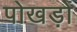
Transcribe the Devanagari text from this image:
पोखड़ों